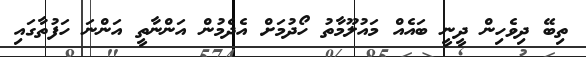
ތިބޭ ދިވެހިން ދީނީ ބައެއް މައުލޫމާތު ހޯދުމަށް އެދެމުން އަންނާތީ އަންނަ ހަފުތާގައި